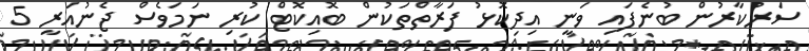
ސަރުކާރުން ބުނެފައި ވަނީ އިދިކޮޅު ފަރާތްތަކުން ބޮއިކޮޓް ކުރި ނަމަވެސް ޖެނުއަރީ 5